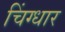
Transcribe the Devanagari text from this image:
चिंग्धार